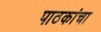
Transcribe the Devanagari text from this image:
पाठकांचा